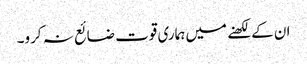
ان کے لکھنے میں ہماری قوت ضائع نہ کرو۔